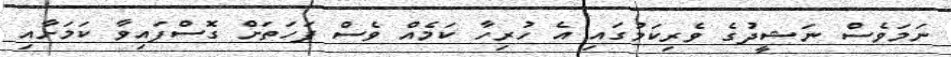
ނަމަވެސް ނަޝީދުގެ ވެރިކަމުގައި އެ ހުރިހާ ކަމެއް ވެސް ފަހަތަށް ގޮސްފައިވާ ކަމަށާއި